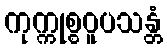
ကုက္ကုစ္စဝူပသန္တံ